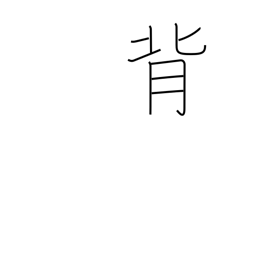
Meaning: go back on